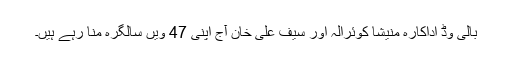
بالی وڈ اداکارہ منیشا کوئرالہ اور سیف علی خان آج اپنی 47 ویں سالگرہ منا رہے ہیں۔